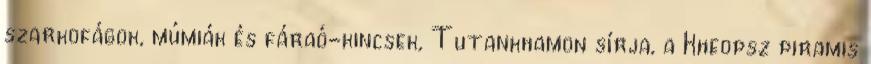
szarkofágok, múmiák és fáraó-kincsek, Tutankhamon sírja, a Kheopsz piramis